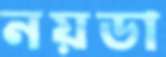
নয়ডা